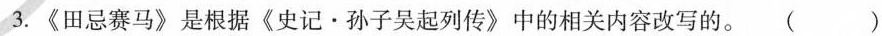
3.《田忌赛马》是根据《史记·孙子吴起列传》中的相关内容改写的。()